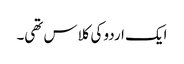
ایک اردو کی کلاس تھی۔